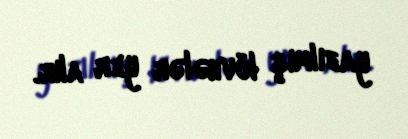
yazılmış lövhələr yer alır.